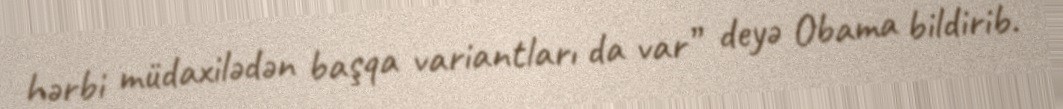
hərbi müdaxilədən başqa variantları da var” deyə Obama bildirib.